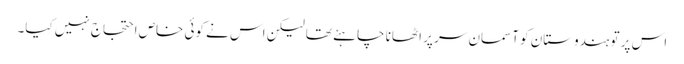
اس پر تو ہندوستان کو آسمان سر پر اٹھانا چاہئے تھا لیکن اس نے کوئی خاص احتجاج نہیں کیا۔